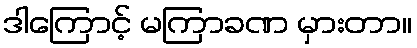
ဒါကြောင့် မကြာခဏ မှားတာ။